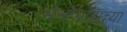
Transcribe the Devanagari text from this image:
मेनोपॉझच्या